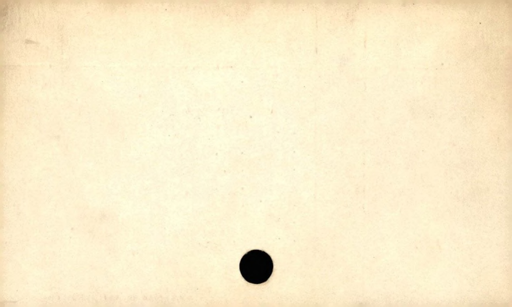
Label: blank